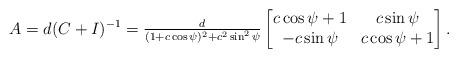
LaTeX: \begin{align*}A=d(C+I)^{-1}=\tfrac{d}{(1+c\cos{\psi})^2+c^2\sin^2{\psi}}\begin{bmatrix}c\cos{\psi}+1 & c\sin{\psi}\\-c\sin{\psi} & c\cos{\psi}+1\end{bmatrix}.\end{align*}